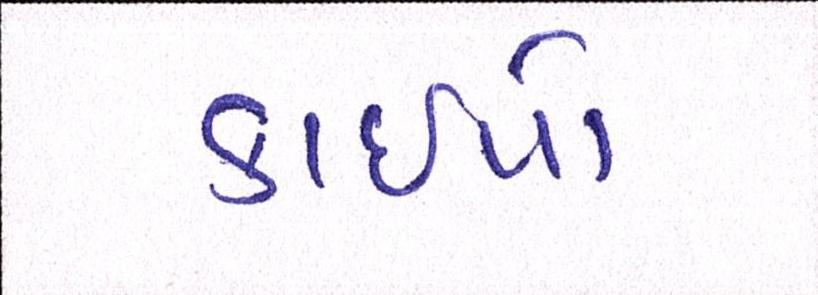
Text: કાઇપો